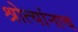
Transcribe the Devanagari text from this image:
श्रोत्यांनाच